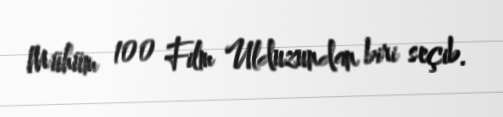
Mühüm 100 Film Ulduzundan biri seçib.